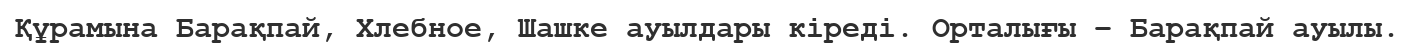
Құрамына Барақпай, Хлебное, Шашке ауылдары кіреді. Орталығы – Барақпай ауылы.